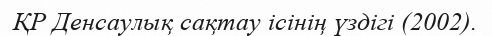
ҚР Денсаулық сақтау ісінің үздігі (2002).